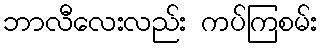
ဘာလီလေးလည်း ကပ်ကြစမ်း